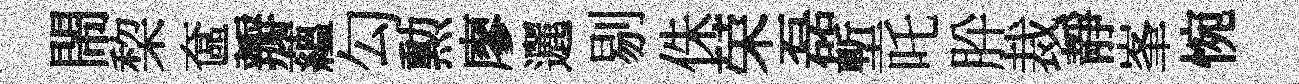
閙棃奩瓣藴勾勲廖邐剔侏荣磊塹吒肸裁靜峯惋